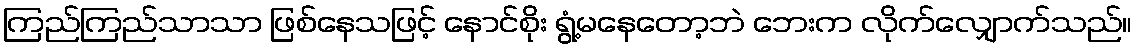
ကြည်ကြည်သာသာ ဖြစ်နေသဖြင့် နောင်စိုး ရွံ့မနေတော့ဘဲ ဘေးက လိုက်လျှောက်သည်။